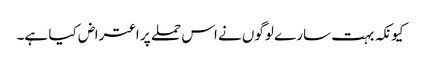
کیونکہ بہت سارے لوگوں نے اس حملے پر اعتراض کیا ہے۔